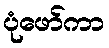
ပုံဖော်ကာ